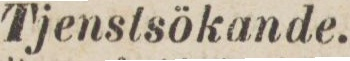
Tjenstsökande.